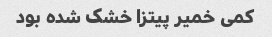
کمی خمیر پیتزا خشک شده بود